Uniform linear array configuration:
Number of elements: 12
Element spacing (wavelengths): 0.5
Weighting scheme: binomial
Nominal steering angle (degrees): -45
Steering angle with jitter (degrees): -43.761
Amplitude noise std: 0.05
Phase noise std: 0.05

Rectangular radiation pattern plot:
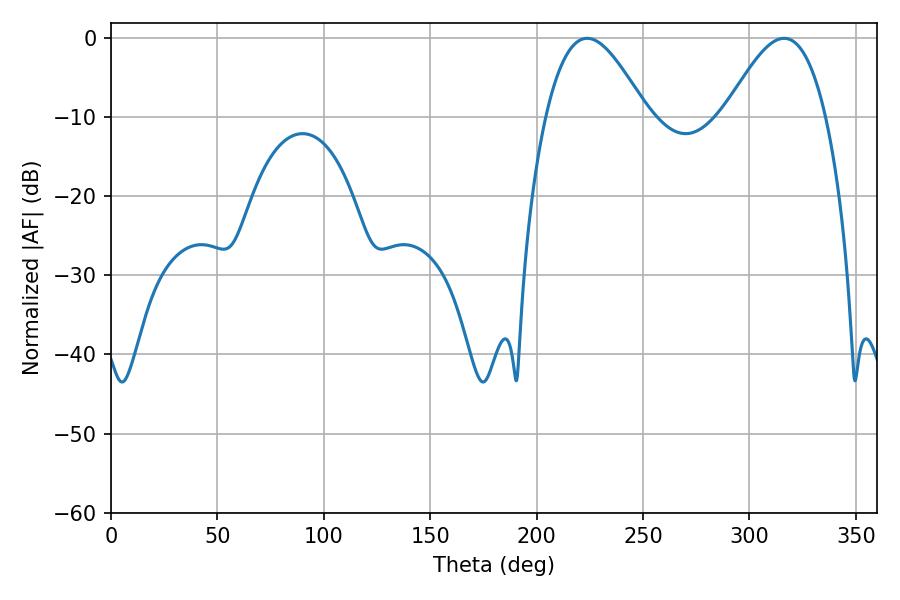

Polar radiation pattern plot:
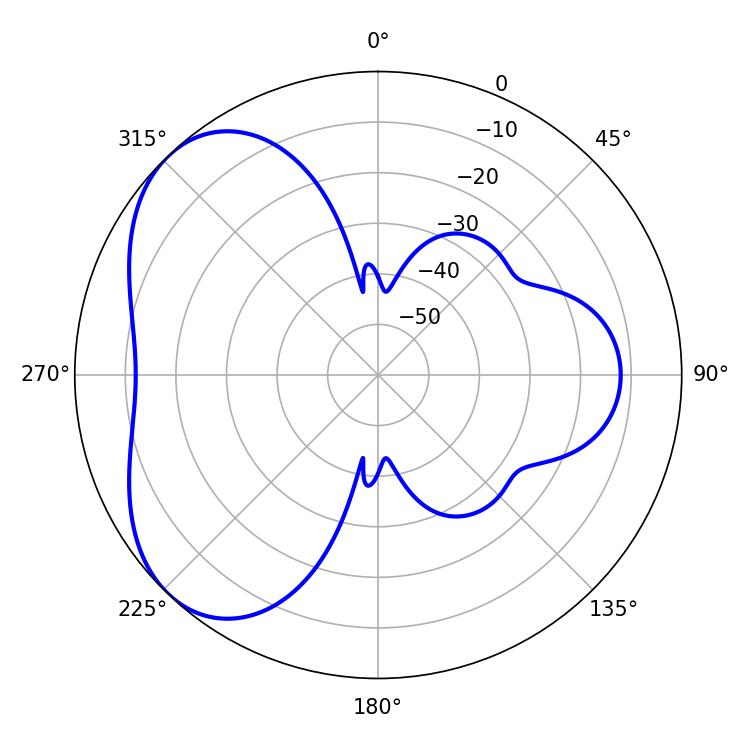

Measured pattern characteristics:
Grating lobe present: FALSE
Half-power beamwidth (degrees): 25.56
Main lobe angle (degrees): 223.74